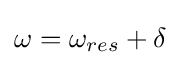
\omega =\omega _{res}+\delta